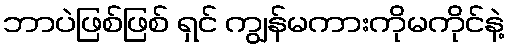
ဘာပဲဖြစ်ဖြစ် ရှင် ကျွန်မကားကိုမကိုင်နဲ့